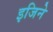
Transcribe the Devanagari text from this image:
इजिने